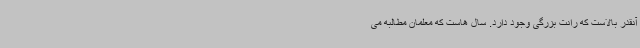
آنقدر بالاست که رانت بزرگی وجود دارد. سال هاست که معلمان مطالبه می